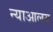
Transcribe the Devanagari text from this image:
न्याआलय